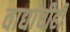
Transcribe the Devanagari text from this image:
वाद्यांचीही